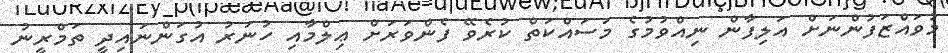
މުވައްޒަފުންނަށް އަލިފާން ނިއްވުމުގެ މަސައްކަތް ކުރެވޭ ފެންވަރަށް ޢިލްމާއި ހުނަރު އުގަންނައިދީ ތަމްރީނު